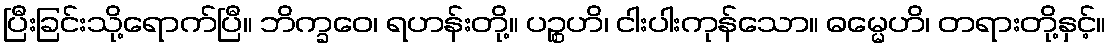
ပြီးခြင်းသို့ရောက်ပြီ။ ဘိက္ခဝေ၊ ရဟန်းတို့။ ပဉ္စဟိ၊ ငါးပါးကုန်သော။ ဓမ္မေဟိ၊ တရားတို့နှင့်။